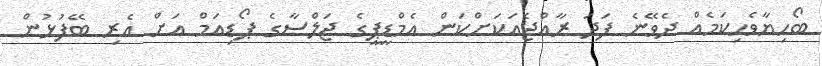
ބޯހިޔާވެހިކަމެއް ދެވޭނެ ފަދަ ރާއްޖެއަކަށްކަން އެމްޑީޕީގެ ޖަލްސާގެ ޕޯޑިއަމް އަށް އެރި ބޭފުޅުން